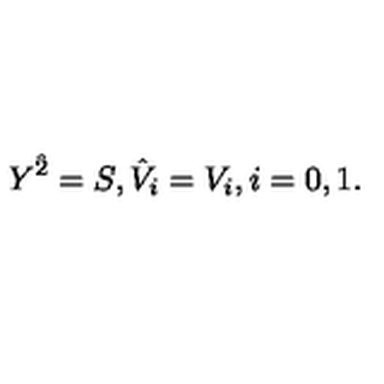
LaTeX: Y ^ { \hat { 2 } } = S , { \hat { V } } _ { i } = V _ { i } , i = 0 , 1 .